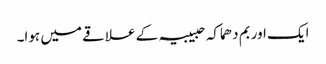
ایک اور بم دھماکہ حبیبیہ کے علاقے میں ہوا۔